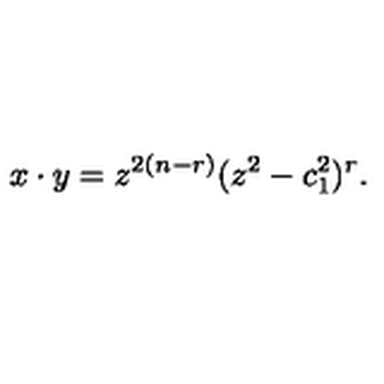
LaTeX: x \cdot y = z ^ { 2 ( n - r ) } ( z ^ { 2 } - c _ { 1 } ^ { 2 } ) ^ { r } .